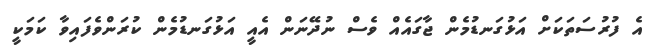
އެ ފުރުސަތަކަށް އަޅުގަނޑުމެން ޖާގައެއް ވެސް ނުދޭނަން އެއީ އަޅުގަނޑުމެން ކުރަންވެފައިވާ ކަމަކީ